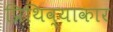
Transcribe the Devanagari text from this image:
प्रिथिव्याकार